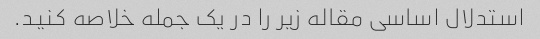
استدلال اساسی مقاله زیر را در یک جمله خلاصه کنید.